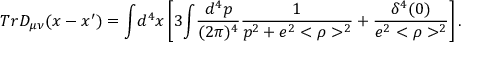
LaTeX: T r D _ { \mu \nu } ( x - x ^ { \prime } ) = { \int } d ^ { 4 } x \left[ 3 { \int } \frac { d ^ { 4 } p } { ( 2 \pi ) ^ { 4 } } \frac { 1 } { p ^ { 2 } + e ^ { 2 } < \rho > ^ { 2 } } + \frac { \delta ^ { 4 } ( 0 ) } { e ^ { 2 } < \rho > ^ { 2 } } \right] .